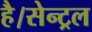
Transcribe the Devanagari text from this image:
है।सेन्ट्रल